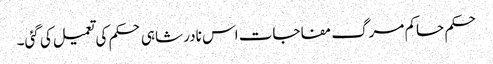
حکم حاکم مرگ مفاجات اس نادر شاہی حکم کی تعمیل کی گئی۔